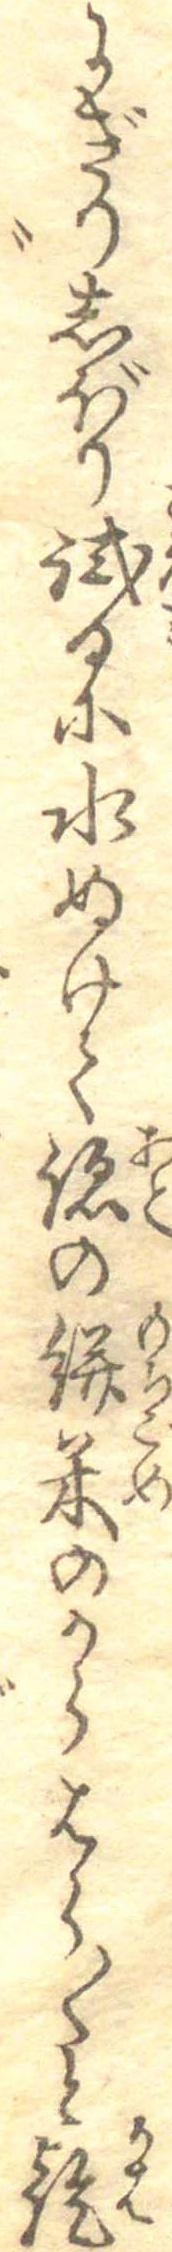
にぎりしぼり試るに水ぬけて跡の餅米のからはら〱と乾